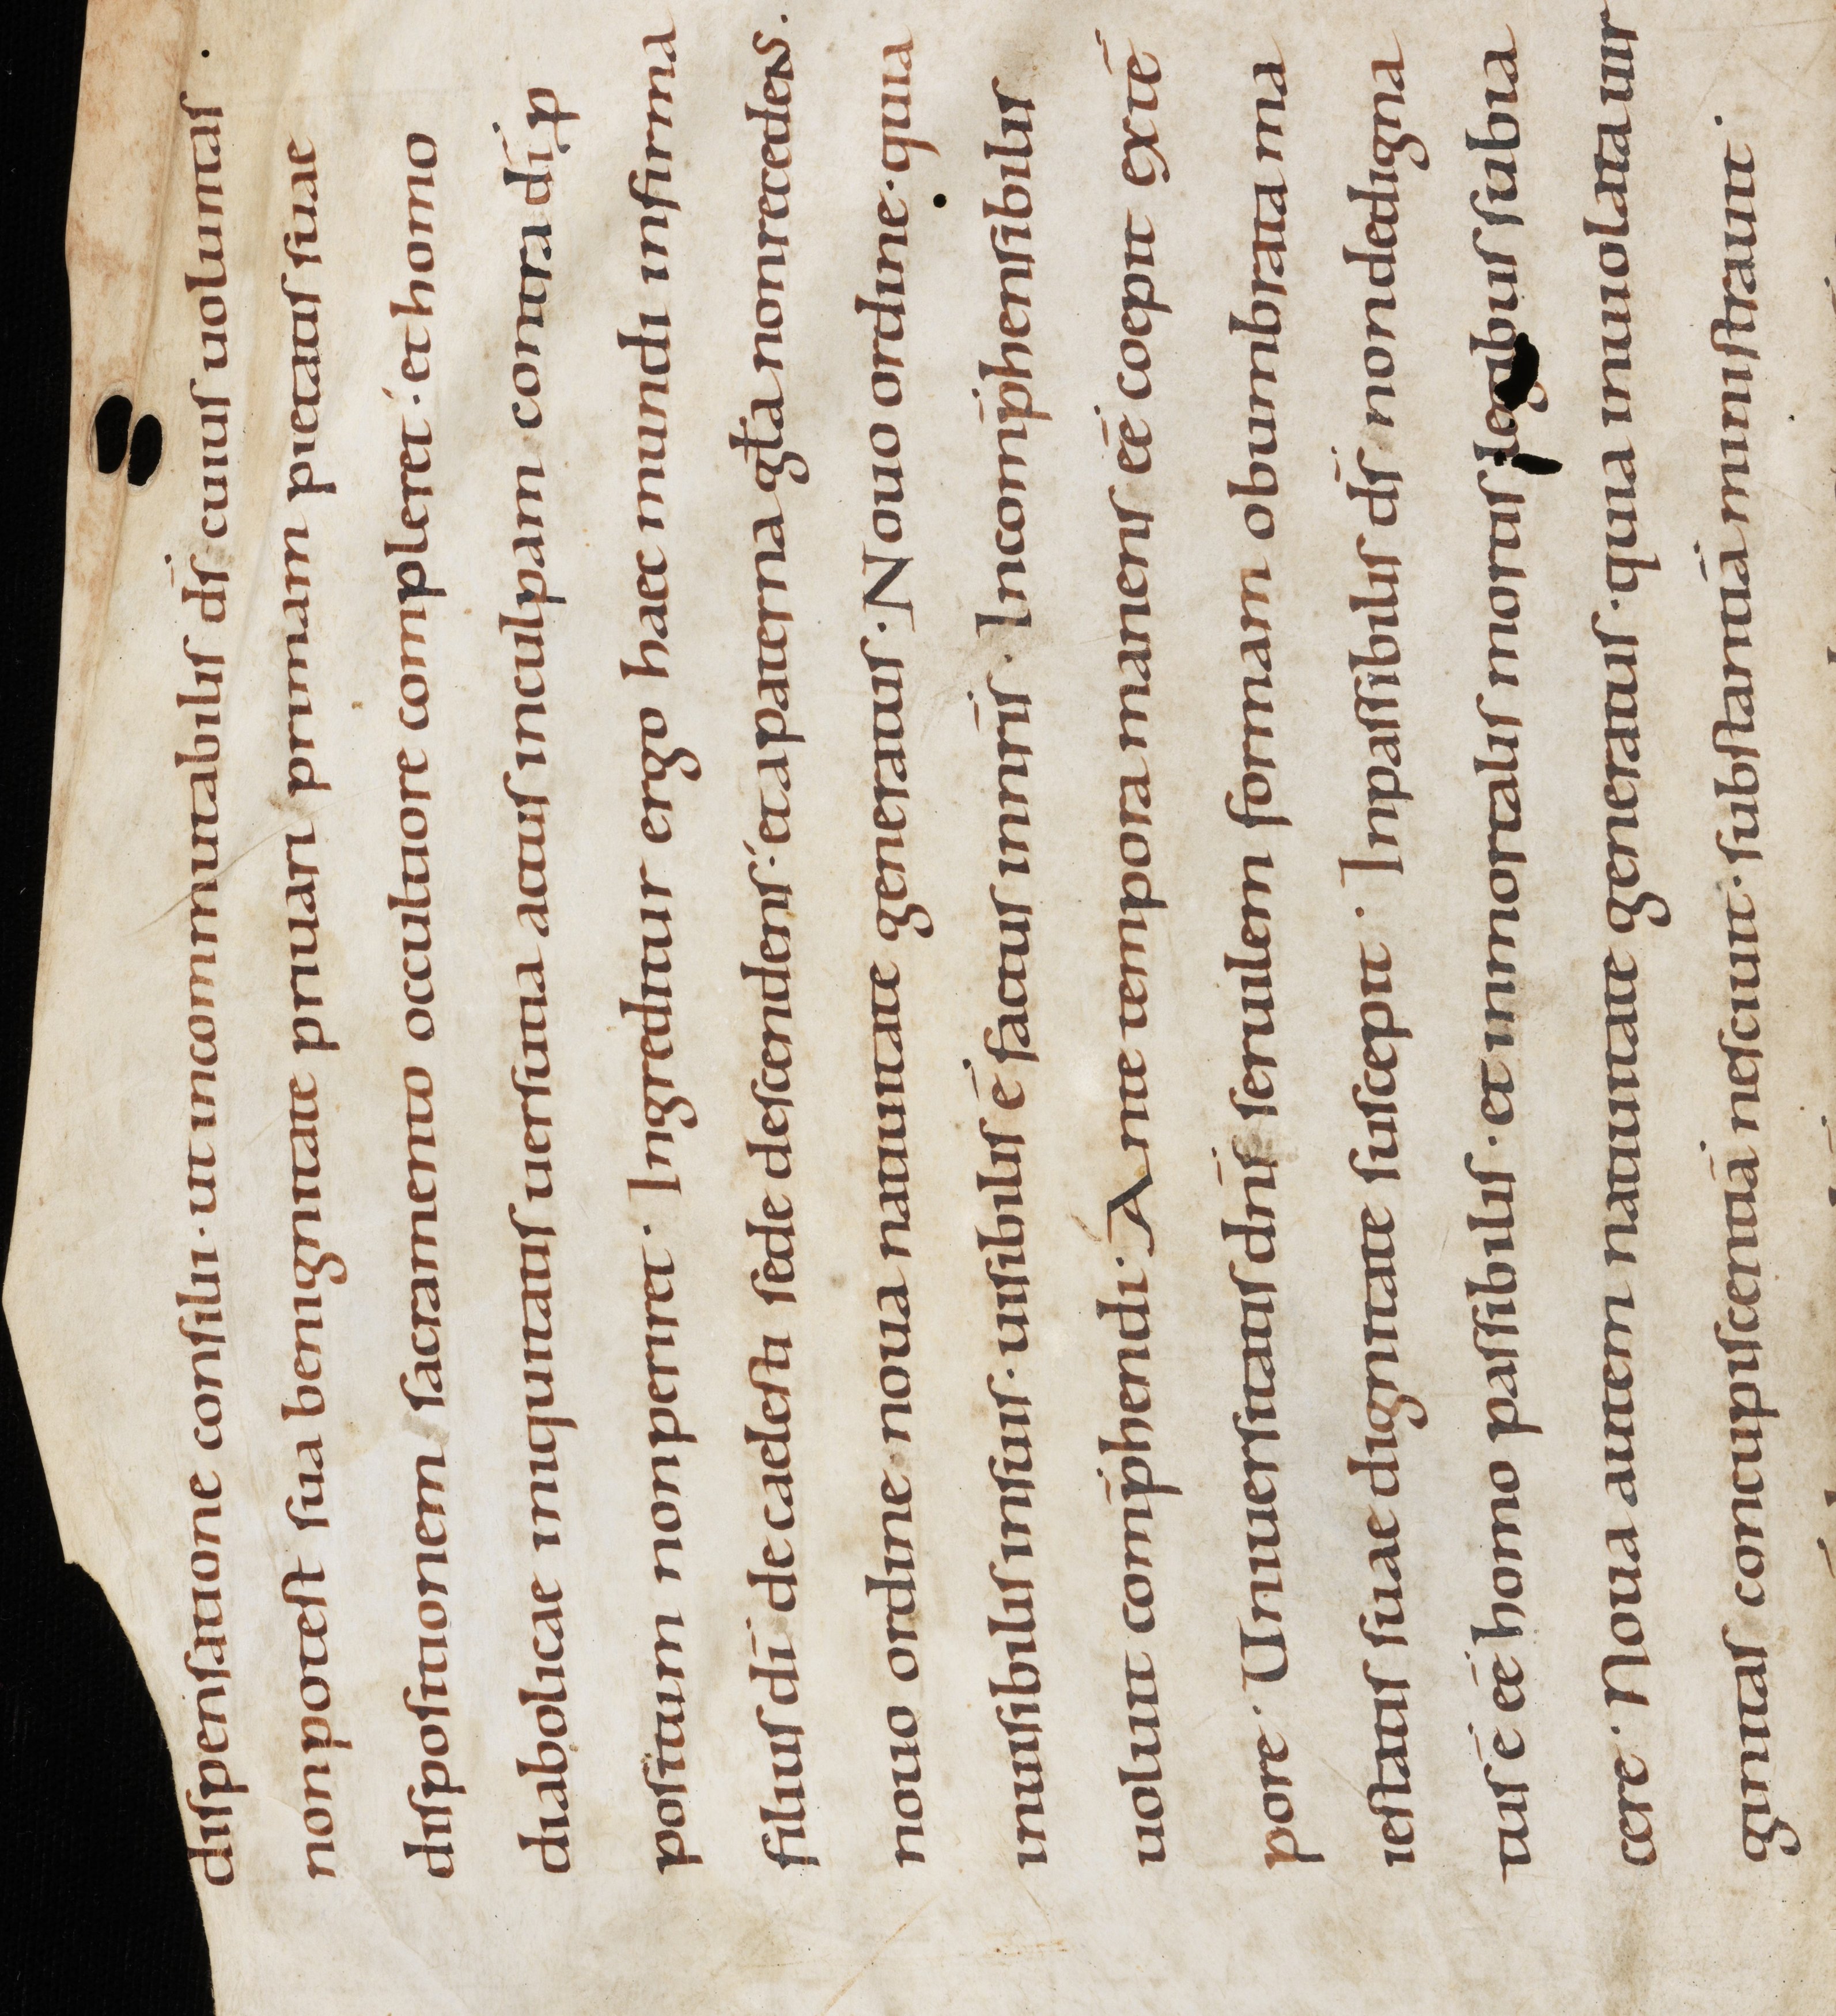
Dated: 800–849